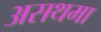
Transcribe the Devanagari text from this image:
असथमा